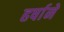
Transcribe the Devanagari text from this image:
हर्षाने